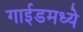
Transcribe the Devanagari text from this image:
गाईडमध्ये